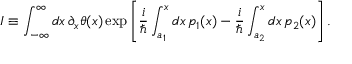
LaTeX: I \equiv \int _ { - \infty } ^ { \infty } d x \, \partial _ { x } \theta ( x ) \exp \left[ { \frac { i } { \hbar } } \int _ { a _ { 1 } } ^ { x } d x \, p _ { 1 } ( x ) - { \frac { i } { \hbar } } \int _ { a _ { 2 } } ^ { x } d x \, p _ { 2 } ( x ) \right] .